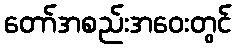
တော်အစည်းအဝေးတွင်